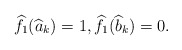
\begin{align*}\widehat{f}_1(\widehat{a}_k)=1,\widehat{f}_1(\widehat{b}_k)=0. \end{align*}